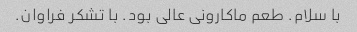
با سلام. طعم ماکارونی عالی بود. با تشکر فراوان.